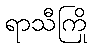
ရာသီကြို